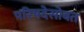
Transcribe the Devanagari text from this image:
परिषदेसोबत